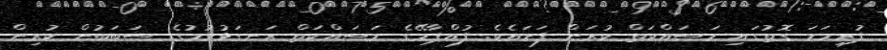
ފުރިހަމަ ގޮތުގައި މަސައްކަތް ކުރަން ފަށައެވެ. ފުއްޕާމޭގެ މަސައްކަތް ރަނގަޅުވުމުގެ ސަބަބުން ކުރިން